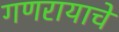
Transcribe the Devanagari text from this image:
गणरायाचे